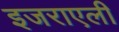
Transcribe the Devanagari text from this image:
इजराएली